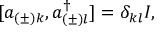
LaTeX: [ a _ { ( \pm ) k } , a _ { ( \pm ) l } ^ { \dagger } ] = \delta _ { k l } { \cal I } ,